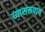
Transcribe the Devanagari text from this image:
व्यासरूपाय